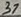
Text: 37